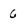
Character: 6